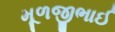
મૂળજીભાઈ